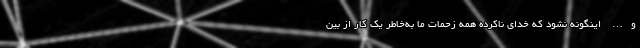
و… اینگونه نشود که خدای ناکرده همه زحمات ما به‌خاطر یک کار از بین